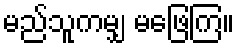
မည်သူကမျှ မဖြေကြ။